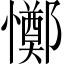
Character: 𢤜